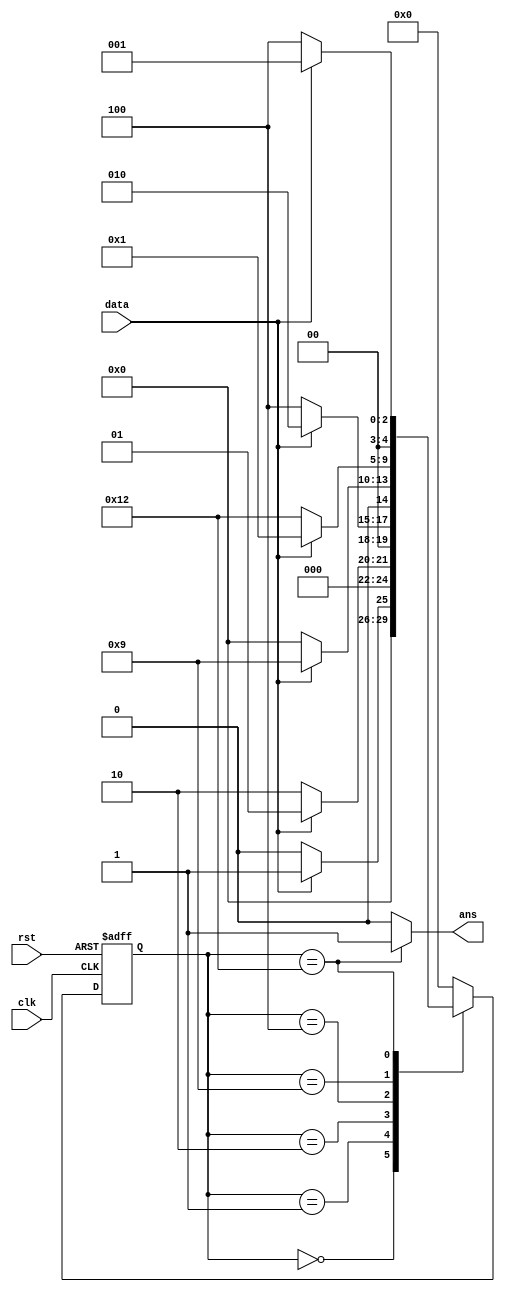
//TODO  FSM sequence detection 10010

module fsm_seq_det (
    input wire data,
    input  wire clk,
    input  wire rst,
    output wire ans 
);

// state init
parameter IDEL = 5'b0;
parameter A = 5'b1;
parameter B = 5'b10;
parameter C = 5'b100;
parameter D = 5'b1001;
parameter E = 5'b10010;

reg [4:0] state;

assign ans = (state == E) ? 1:0;

always @(posedge clk or negedge rst) begin
    if(~rst)
        state = IDEL;
    else begin
        case (state) // sqe 10010
            IDEL : state = (data == 1) ? A:IDEL;
            A : state = (data == 0) ? B : A;
            B : state = (data == 0) ? C : B;
            C : state = (data == 1) ? D : IDEL;
            D : state = (data == 0) ? E : A;
            E : state = (data == 1) ? A : C;
            default state = IDEL;
        endcase
    end
end

endmodule


// TODO cur_sta / next_sta